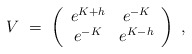
\begin{align*}V\ =\ \left(\begin{array}{cc} e^{K+h} & e^{-K} \\ e^{-K} & e^{K-h} \end{array}\right)\ ,\end{align*}